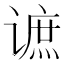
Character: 𲂔